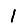
Digit: 1